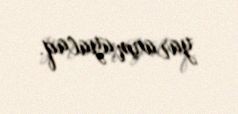
yaranmayacaq.